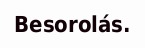
Besorolás.